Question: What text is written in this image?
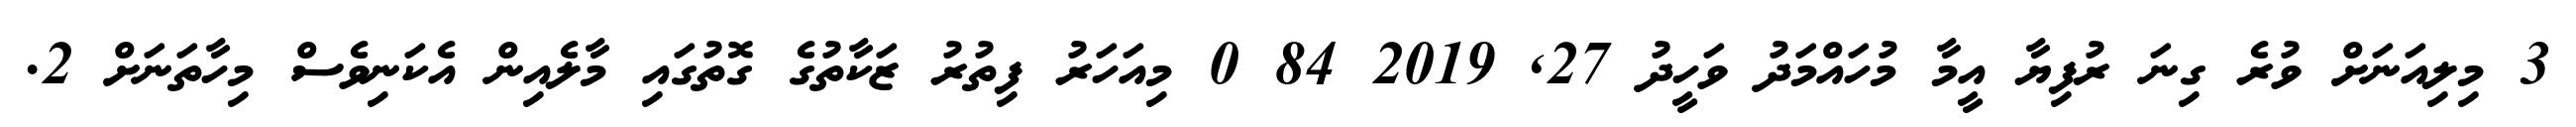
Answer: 3 މިލިއަނަށް ވުރެ ގިނަ ރުފިޔާ އީމާ މުހައްމަދު ވަހީދު 27, 2019 84 0 މިއަހަރު ފިތުރު ޒަކާތުގެ ގޮތުގައި މާލެއިން އެކަނިވެސް މިހާތަނަށް 2.